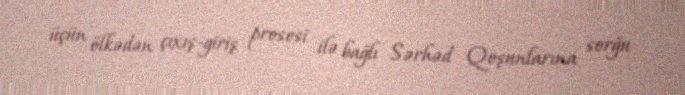
üçün ölkədən çıxış-giriş prosesi ilə bağlı Sərhəd Qoşunlarına sorğu